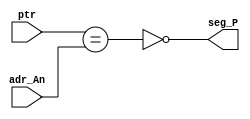
`timescale 1ns / 1ps
//////////////////////////////////////////////////////////////////////////////////
// Company: 
// Engineer: 
// 
// Design Name: 
// Module Name:    Gen_P 
// Project Name: 
// Target Devices: 
// Tool versions: 
// Description: 
//
// Dependencies: 
//
// Revision: 
// Revision 0.01 - File Created
// Additional Comments: 
//
//////////////////////////////////////////////////////////////////////////////////
module Gen_P(
    input [1:0] ptr,
    input [1:0] adr_An,
    output wire seg_P
    );
assign seg_P = !(ptr == adr_An);
endmodule